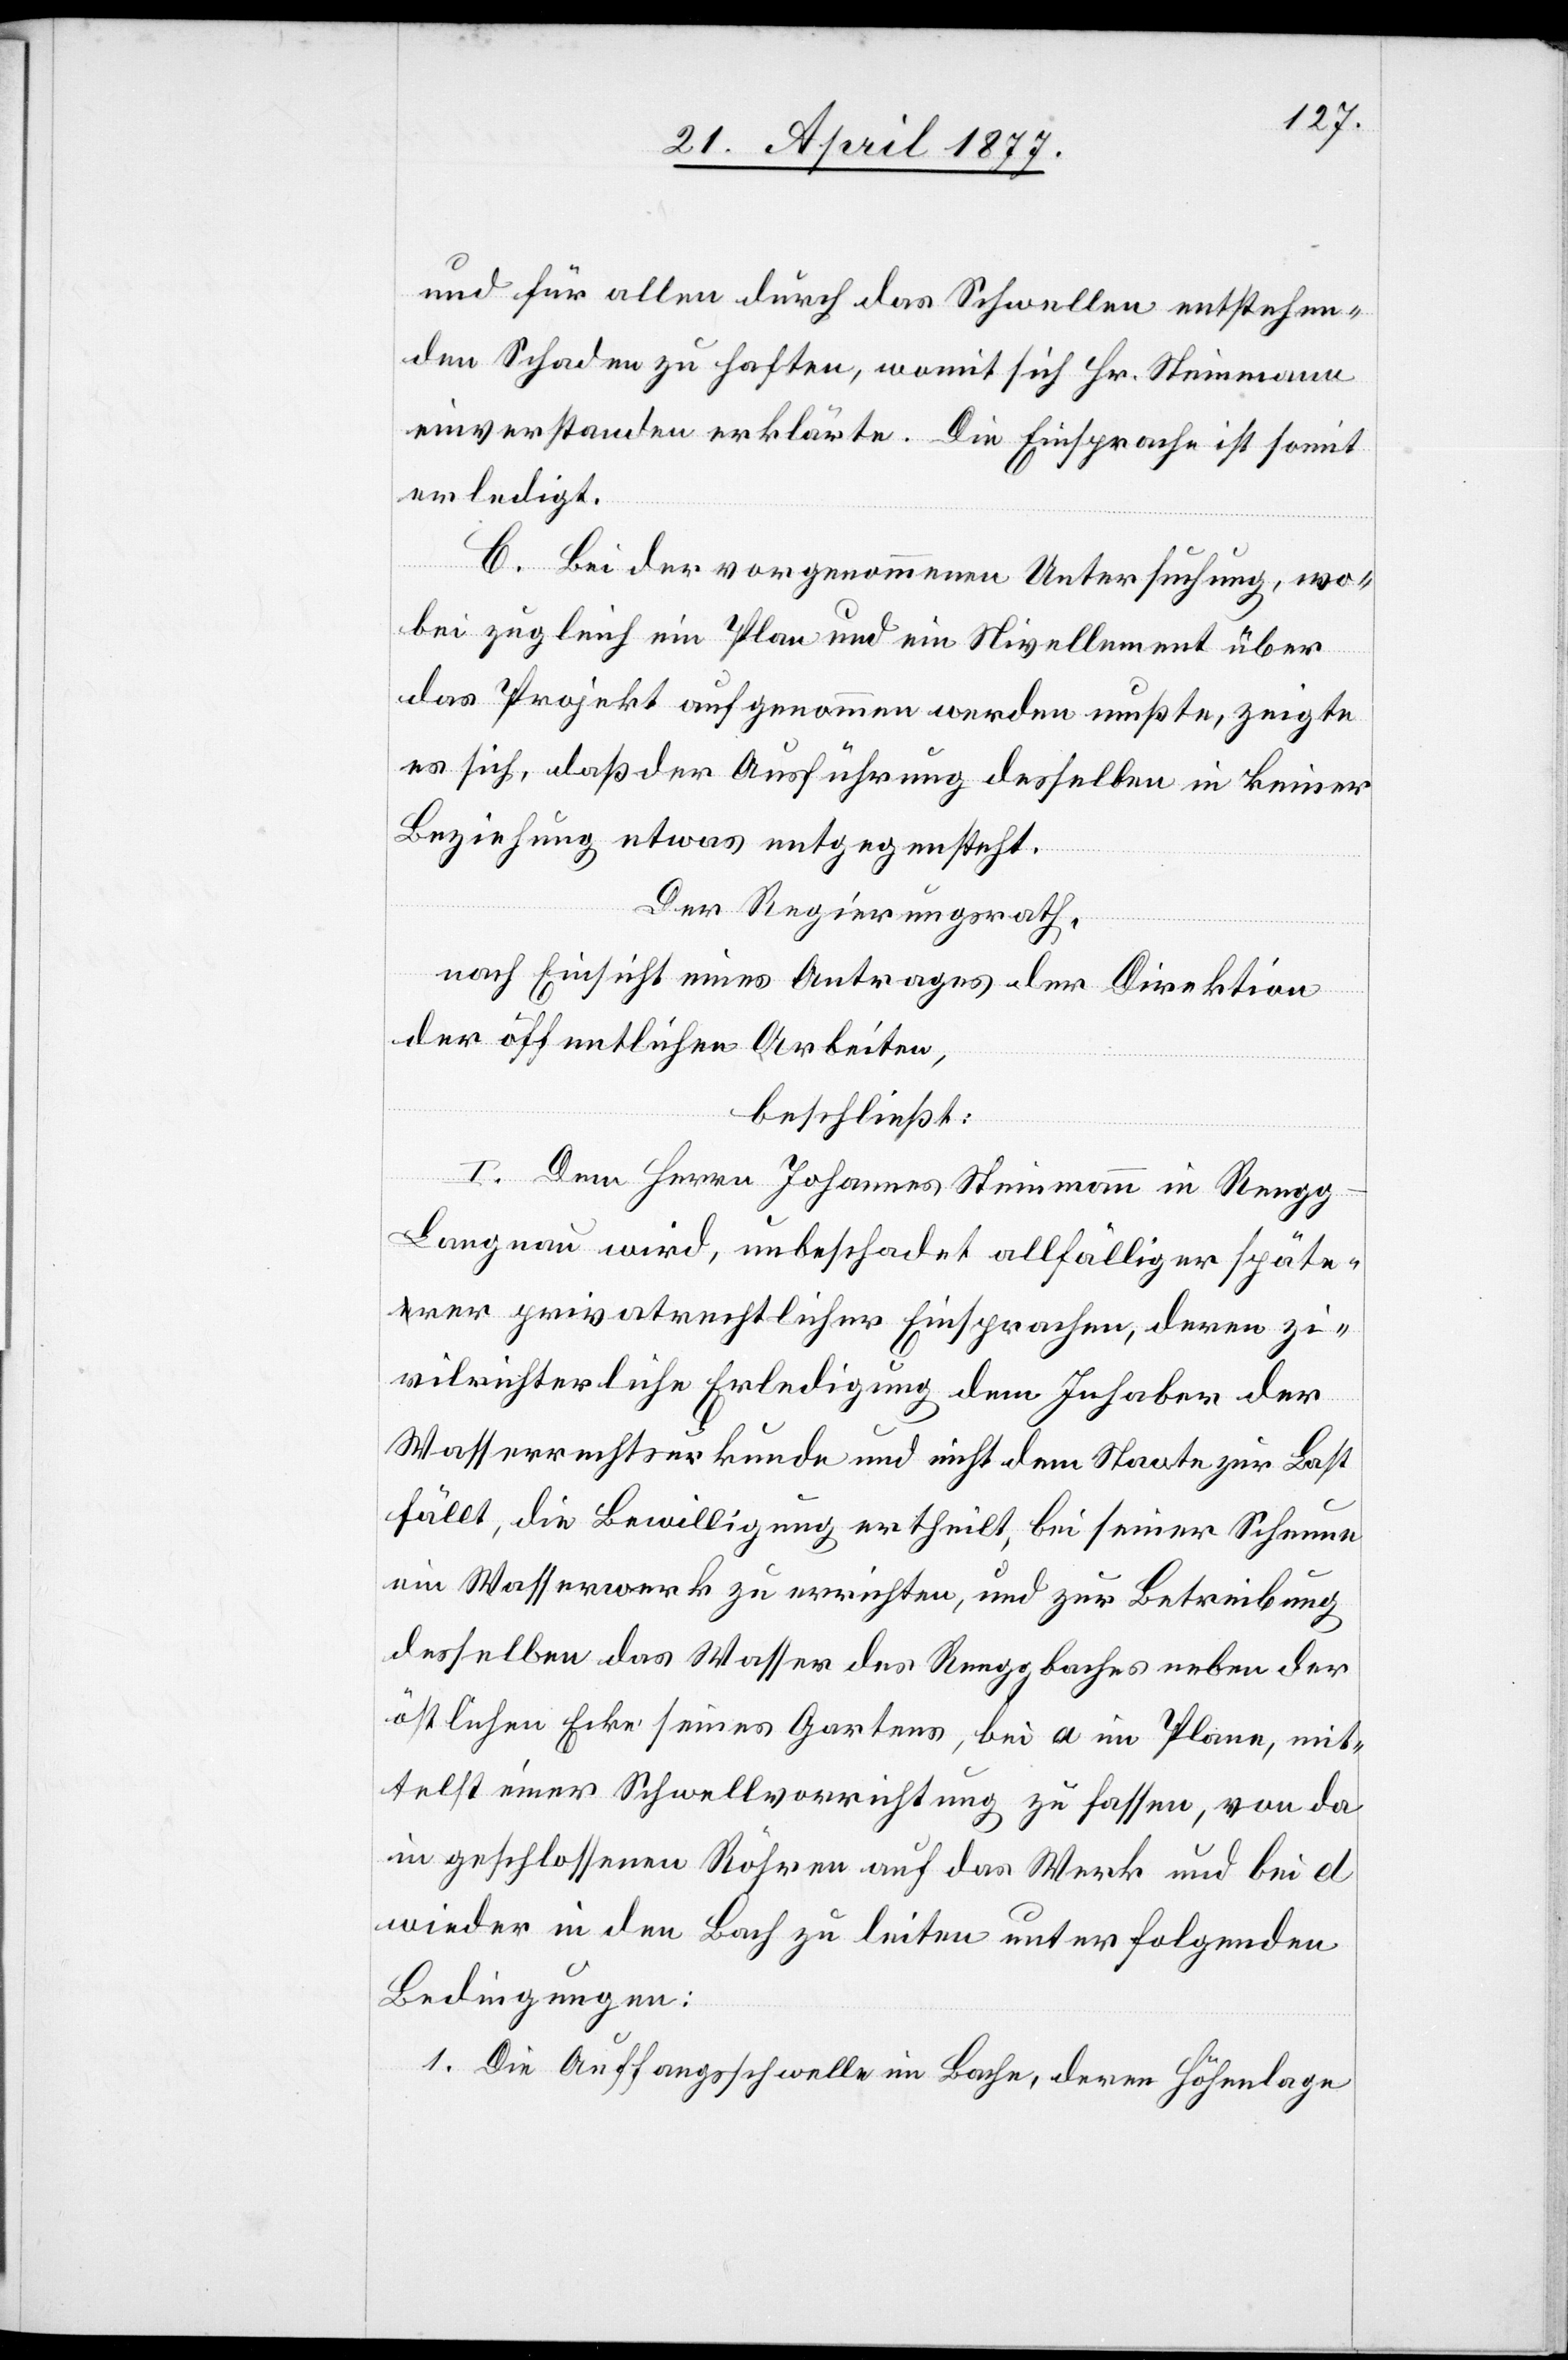
und für allen durch das Schwellen entstehen¬
den Schaden zu haften, womit sich Hr. Steinmann
einverstanden erklärte. Die Einsprache ist somit
erledigt.
C. Bei der vorgenommenen Untersuchung, wo¬
bei zugleich ein Plan und ein Nivellement über
das Projekt aufgenommen werden mußte, zeigte
es sich, daß der Ausführung desselben in keiner
Beziehung etwas entgegensteht.
Der Regierungsrath,
nach Einsicht eines Antrages der Direktion
der öffentlichen Arbeiten,
beschließt:
I. Dem Herrn Johannes Steinmann in Rengg
Langnau wird, unbeschadet allfälliger späte¬
rer privatrechtlicher Einsprachen, deren zi¬
vilrichterliche Erledigung dem Inhaber der
Wasserrechtsurkunde und nicht dem Staate zur Last
fällt, die Bewilligung ertheilt, bei seiner Scheune
ein Wasserwerk zu errichten, und zur Betreibung
desselben das Wasser des Renggbaches neben der
östlichen Ecke seines Gartens, bei a im Plane, mit¬
telst einer Schwellvorrichtung zu fassen, von da
in geschlossenen Röhren auf das Werk und bei d
wieder in den Bach zu leiten unter folgenden
Bedingungen:
1. Die Auffangsschwelle im Bache, deren Höhenlage